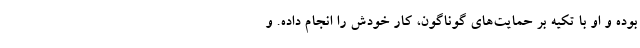
بوده و او با تکیه بر حمایت‌های گوناگون، کار خودش را انجام داده. و